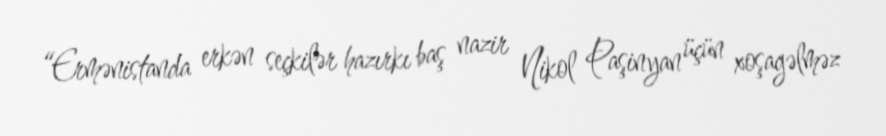
“Ermənistanda erkən seçkilər hazırkı baş nazir Nikol Paşinyan üçün xoşagəlməz